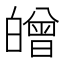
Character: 𤾥